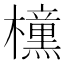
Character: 𭬯